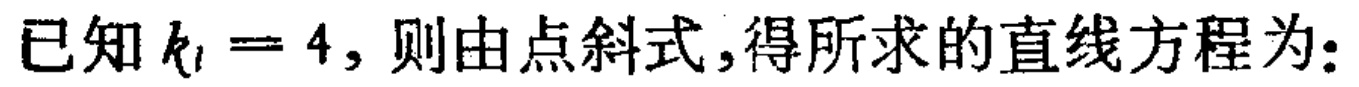
已知 \(k_{l}=4\)，则由点斜式，得所求的直线方程为：